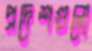
প্রদেশগুলো